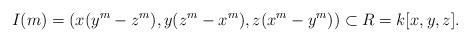
LaTeX: \begin{align*}I(m)=(x(y^m-z^m),y(z^m-x^m),z(x^m-y^m))\subset R= k[x,y,z].\end{align*}